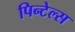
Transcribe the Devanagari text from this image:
पिन्टेल्स